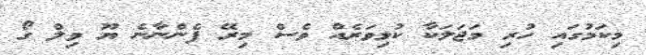
މިކަމުގައި ހުރި މަޖަލަކާ ކުޅިވަރެއް ވެސް މިރޭ ފެންނާނެ ޔޫ ވިލް ގޯ